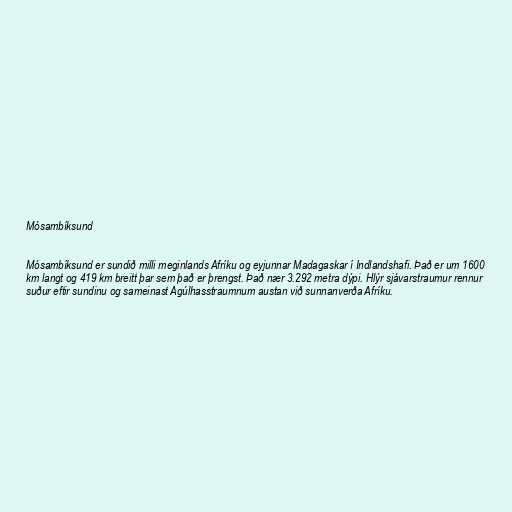
Mósambíksund

Mósambíksund er sundið milli meginlands Afríku og eyjunnar Madagaskar í Indlandshafi. Það er um 1600
km langt og 419 km breitt þar sem það er þrengst. Það nær 3.292 metra dýpi. Hlýr sjávarstraumur rennur
suður eftir sundinu og sameinast Agúlhasstraumnum austan við sunnanverða Afríku.